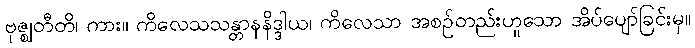
ဗုဇ္ဈတီတိ၊ ကား။ ကိလေသသန္တာနနိဒ္ဒါယ၊ ကိလေသာ အစဉ်တည်းဟူသော အိပ်ပျော်ခြင်းမှ။